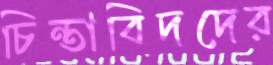
চিন্তাবিদদের